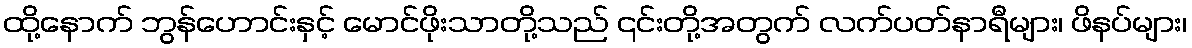
ထို့နောက် ဘွန်ဟောင်းနှင့် မောင်ဖိုးသာတို့သည် ၎င်းတို့အတွက် လက်ပတ်နာရီများ၊ ဖိနပ်များ၊